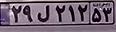
۲۹ل۲۱۲۵۳